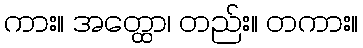
ကား။ အတ္ထော၊ တည်း။ တကား။